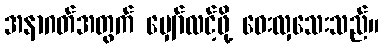
အနာဂတ်အတွက် မျှော်လင့်ဖို့ ဝေးလှသေးသည်။